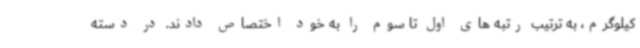
کیلوگرم، به ترتیب رتبه های اول تا سوم را به خود اختصاص دادند. در دسته